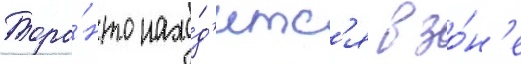
Торо́нто нахо́д'итс'я в зо́н'е